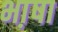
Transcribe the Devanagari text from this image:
भा़षा